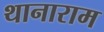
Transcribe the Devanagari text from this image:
थानाराम